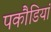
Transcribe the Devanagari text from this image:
पकौडियां